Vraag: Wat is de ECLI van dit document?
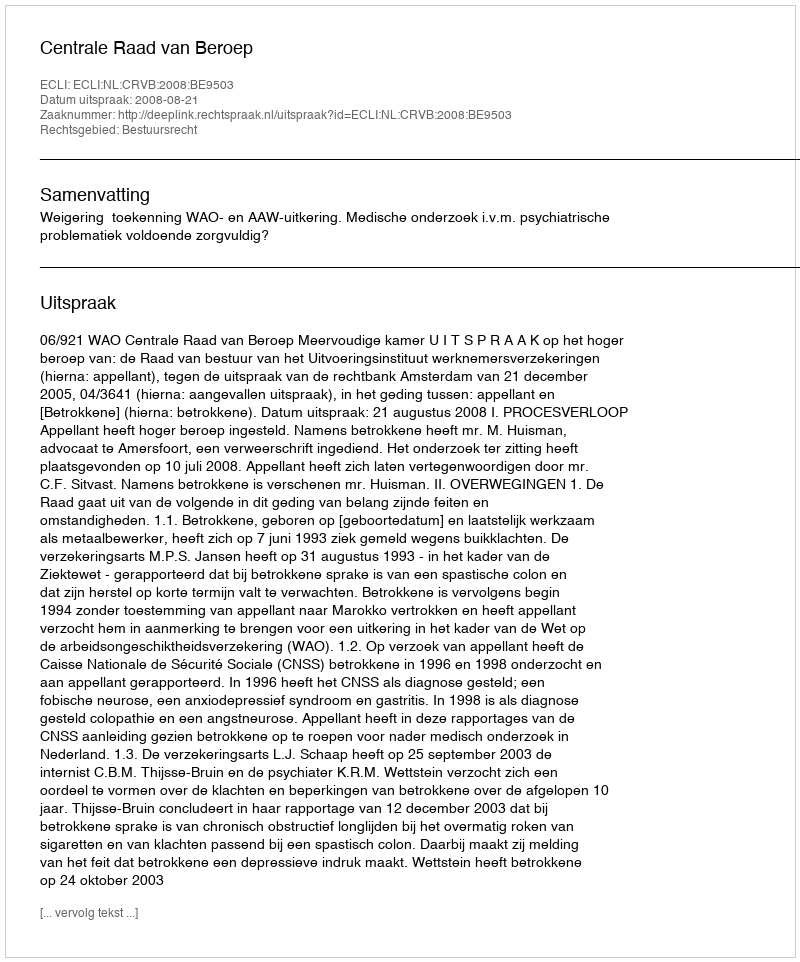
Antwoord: ECLI:NL:CRVB:2008:BE9503